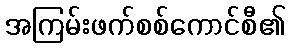
အကြမ်းဖက်စစ်ကောင်စီ၏